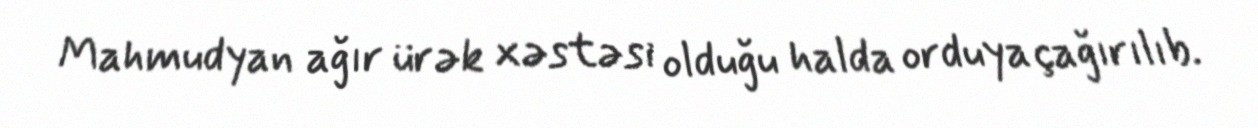
Mahmudyan ağır ürək xəstəsi olduğu halda orduya çağırılıb.